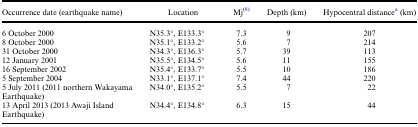
| Occurrence date (earthquake name) | Location | Mj(8) | Depth (km) | Hypocentral distancea (km) |
 | --- | --- | --- | --- | --- |
 | 6 October 2000 | N35.3°, E133.3° | 7.3 | 9 | 207 |
 | 8 October 2000 | N35.1°, E133.2° | 5.6 | 7 | 214 |
 | 31 October 2000 | N34.3°, E136.3° | 5.7 | 39 | 113 |
 | 12 January 2001 | N35.5°, E134.5° | 5.6 | 11 | 155 |
 | 16 September 2002 | N35.4°, E133.7° | 5.5 | 10 | 186 |
 | 5 September 2004 | N33.1°, E137.1° | 7.4 | 44 | 220 |
 | 5 July 2011 (2011 northern Wakayama Earthquake) | N34.0°, E135.2° | 5.5 | 7 | 22 |
 | 13 April 2013 (2013 Awaji Island Earthquake) | N34.4°, E134.8° | 6.3 | 15 | 44 |